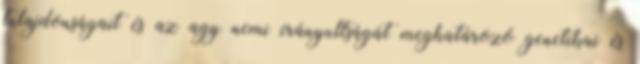
tulajdonságait és az agy nemi irányultságát meghatározó genetikai és